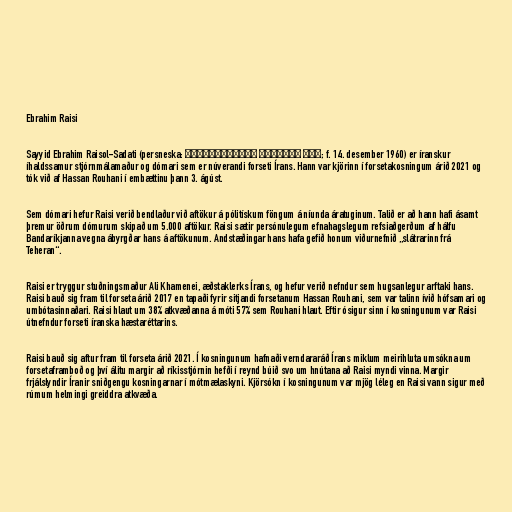
Ebrahim Raisi

Sayyid Ebrahim Raisol-Sadati (persneska: سید ابراهیم رئیس‌الساداتی‎; f. 14. desember 1960) er íranskur
íhaldssamur stjórnmálamaður og dómari sem er núverandi forseti Írans. Hann var kjörinn í forsetakosningum árið 2021 og
tók við af Hassan Rouhani í embættinu þann 3. ágúst.

Sem dómari hefur Raisi verið bendlaður við aftökur á pólitískum föngum á níunda áratuginum. Talið er að hann hafi ásamt
þremur öðrum dómurum skipað um 5.000 aftökur. Raisi sætir persónulegum efnahagslegum refsiaðgerðum af hálfu
Bandaríkjanna vegna ábyrgðar hans á aftökunum. Andstæðingar hans hafa gefið honum viðurnefnið „slátrarinn frá
Teheran“.

Raisi er tryggur stuðningsmaður Ali Khamenei, æðstaklerks Írans, og hefur verið nefndur sem hugsanlegur arftaki hans.
Raisi bauð sig fram til forseta árið 2017 en tapaði fyrir sitjandi forsetanum Hassan Rouhani, sem var talinn ívið hófsamari og
umbótasinnaðari. Raisi hlaut um 38% atkvæðanna á móti 57% sem Rouhani hlaut. Eftir ósigur sinn í kosningunum var Raisi
útnefndur forseti íranska hæstaréttarins.

Raisi bauð sig aftur fram til forseta árið 2021. Í kosningunum hafnaði verndararáð Írans miklum meirihluta umsókna um
forsetaframboð og því álitu margir að ríkisstjórnin hefði í reynd búið svo um hnútana að Raisi myndi vinna. Margir
frjálslyndir Íranir sniðgengu kosningarnar í mótmælaskyni. Kjörsókn í kosningunum var mjög léleg en Raisi vann sigur með
rúmum helmingi greiddra atkvæða.